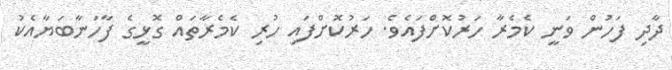
ދާދި ފަހުން ވަނީ ކެމެރާ ހަރުކޮށްފައެވެ. ހަރުކޮށްފައި ހުރި ކެމެރާތައް ގޮޅީގެ ފާހަނާބަޔާއެކު